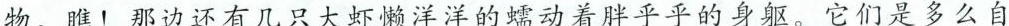
物。瞧！那边还有几只大虾懒洋洋的蠕动着胖乎乎的身躯。它们是多么自